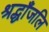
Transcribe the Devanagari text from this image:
श्रद्धाँजलि